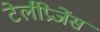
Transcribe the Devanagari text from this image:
टेलीप्रेजेंस